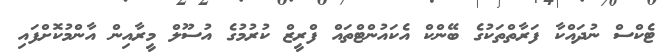
ޓެކްސް ނުދައްކާ ފަރާތްތަކުގެ ބޭންކް އެކައުންޓްތައް ފްރީޒް ކުރުމުގެ އުސޫލް މީރާއިން އާންމުކޮށްފައި